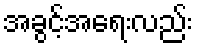
အခွင့်အရေးလည်း